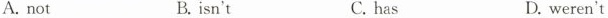
A. not B. isn't C. has D. weren't